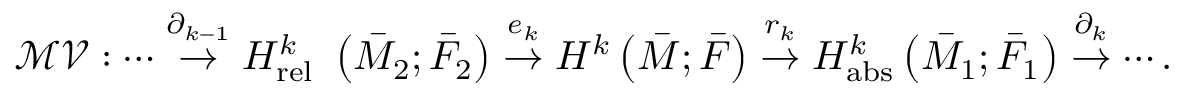
\mathcal { M V } : \cdots \stackrel { \partial _ { k - 1 } } \rightarrow H _ { \mathrm { r e l ~ } } ^ { k } \left( \bar { M } _ { 2 } ; \bar { F } _ { 2 } \right) \stackrel { e _ { k } } { \rightarrow } H ^ { k } \left( \bar { M } ; \bar { F } \right) \stackrel { r _ { k } } { \rightarrow } H _ { \mathrm { a b s } } ^ { k } \left( \bar { M } _ { 1 } ; \bar { F } _ { 1 } \right) \stackrel { \partial _ { k } } { \rightarrow } \cdots .